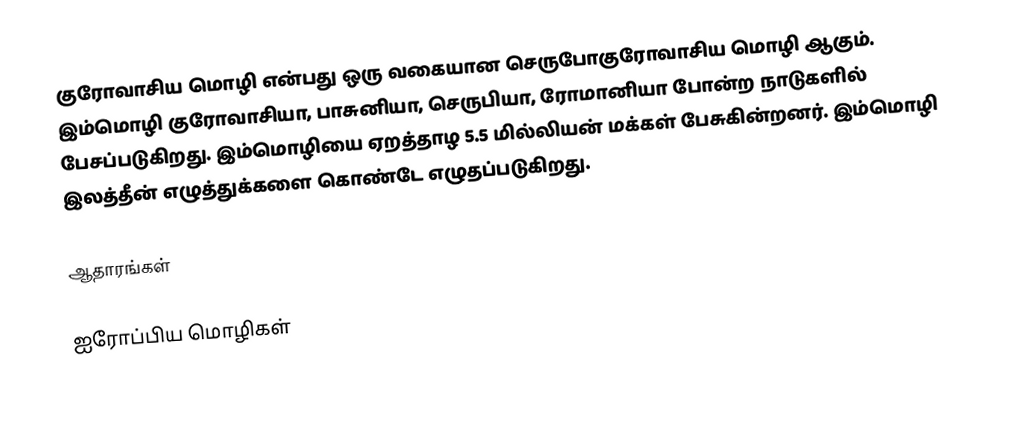
குரோவாசிய மொழி என்பது ஒரு வகையான செருபோகுரோவாசிய மொழி ஆகும். இம்மொழி குரோவாசியா, பாசுனியா, செருபியா, ரோமானியா போன்ற நாடுகளில் பேசப்படுகிறது. இம்மொழியை ஏறத்தாழ 5.5 மில்லியன் மக்கள் பேசுகின்றனர். இம்மொழி இலத்தீன் எழுத்துக்களை கொண்டே எழுதப்படுகிறது.

ஆதாரங்கள்

ஐரோப்பிய மொழிகள்